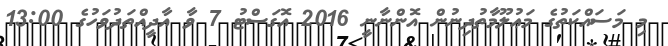
މި މަސައްކަތުގެ މަޢުލޫމާތުދިނުން އޮންނާނީ 2016 އޮގަސްޓު 7 ވާ އާދީއްތަދުވަހުގެ 13:00